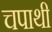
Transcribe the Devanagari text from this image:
चपाथी